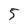
Character: 5